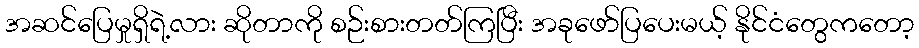
အဆင်ပြေမှုရှိရဲ့လား ဆိုတာကို စဉ်းစားတတ်ကြပြီး အခုဖော်ပြပေးမယ့် နိုင်ငံတွေကတော့